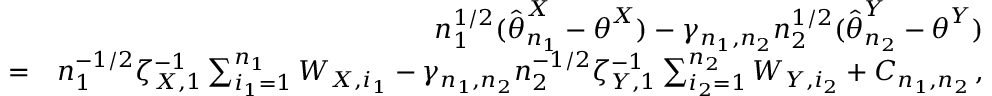
\begin{array} { r l r } & { } & { n _ { 1 } ^ { 1 / 2 } ( \hat { { \boldsymbol \theta } } _ { n _ { 1 } } ^ { X } - { \boldsymbol \theta } ^ { X } ) - \gamma _ { n _ { 1 } , n _ { 2 } } n _ { 2 } ^ { 1 / 2 } ( \hat { { \boldsymbol \theta } } _ { n _ { 2 } } ^ { Y } - { \boldsymbol \theta } ^ { Y } ) } \\ & { = } & { n _ { 1 } ^ { - 1 / 2 } \zeta _ { X , 1 } ^ { - 1 } \sum _ { i _ { 1 } = 1 } ^ { n _ { 1 } } W _ { X , i _ { 1 } } - \gamma _ { n _ { 1 } , n _ { 2 } } n _ { 2 } ^ { - 1 / 2 } \zeta _ { Y , 1 } ^ { - 1 } \sum _ { i _ { 2 } = 1 } ^ { n _ { 2 } } W _ { Y , i _ { 2 } } + C _ { n _ { 1 } , n _ { 2 } } \, , } \end{array}